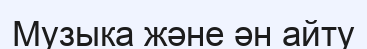
Музыка және ән айту